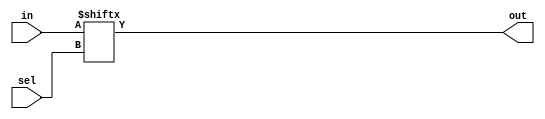
/*Create a 1-bit wide, 256-to-1 multiplexer. 
The 256 inputs are all packed into a single 256-bit input vector. sel=0 should select in[0], sel=1 selects bits in[1], sel=2 selects bits in[2], etc.*/
module top_module( 
    input [255:0] in,
    input [7:0] sel,
    output out );
    assign out=in[sel];
endmodule